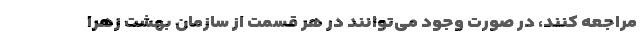
مراجعه کنند، در صورت وجود می‌توانند در هر قسمت از سازمان بهشت زهرا